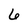
Character: 6